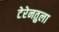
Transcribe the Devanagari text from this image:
टेरेनतुला